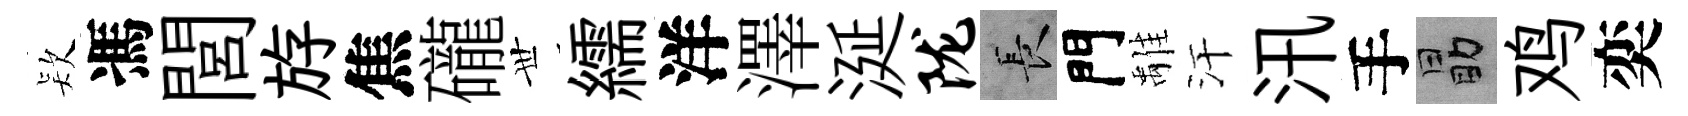
𣣇馮閭斿焦礲𠀍繻洋澤涎陇长門𩀌汗汛手勗鸡奕